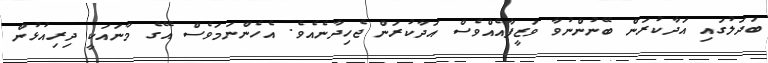
ބަދަލުގައި އަދާކުރަން ބޭނުންނުވާ ވަޒީފާއެއްވެސް އަދާކުރަން ޖެހިދާނެއެވެ. އެހެންނަމަވެސް އޭގެ މާނައަކީ ދިރިއުޅުން